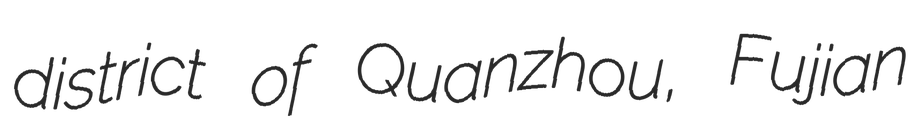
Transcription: district of Quanzhou, Fujian